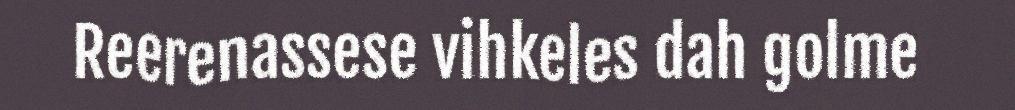
Reerenassese vihkeles dah golme